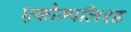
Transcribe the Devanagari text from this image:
एकौम्पलिश्ड